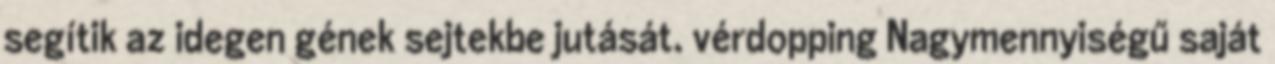
segítik az idegen gének sejtekbe jutását. vérdopping Nagymennyiségű saját